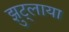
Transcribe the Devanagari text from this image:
झुट्लाया